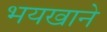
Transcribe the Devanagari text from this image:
भयखाने